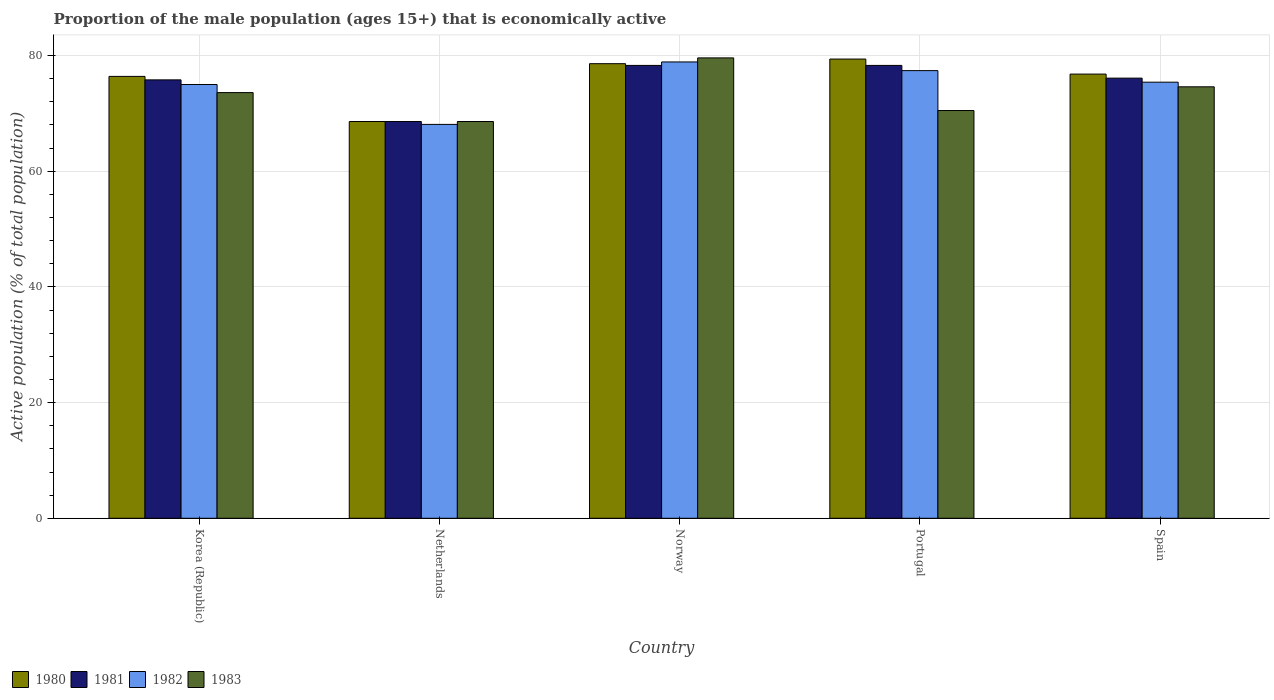
| Country | 1980 | 1981 | 1982 | 1983 |
 | --- | --- | --- | --- | --- |
 | Korea (Republic) | 76.4 | 75.8 | 75 | 73.6 |
 | Netherlands | 68.6 | 68.6 | 68.1 | 68.6 |
 | Norway | 78.6 | 78.3 | 78.9 | 79.6 |
 | Portugal | 79.4 | 78.3 | 77.4 | 70.5 |
 | Spain | 76.8 | 76.1 | 75.4 | 74.6 |